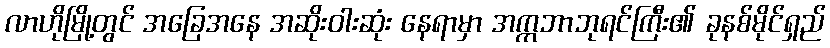
လာဟိုမြို့တွင် အခြေအနေ အဆိုးဝါးဆုံး နေရာမှာ အက္ကဘာဘုရင်ကြီး၏ ခုနစ်မိုင်ရှည်